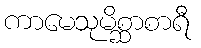
ကာမေသုမိစ္ဆာစာရီ